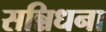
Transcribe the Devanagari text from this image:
सन्निधना